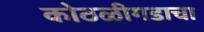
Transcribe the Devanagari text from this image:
कोठळीगडाचा